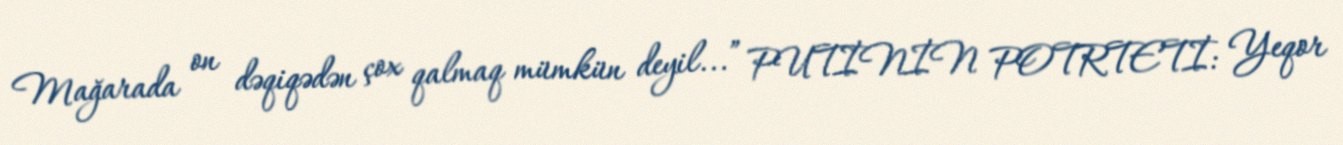
Mağarada on dəqiqədən çox qalmaq mümkün deyil...” PUTİNİN POTRTETİ: Yeqor